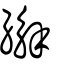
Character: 繲